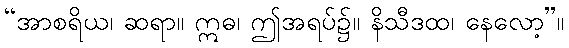
“အာစရိယ၊ ဆရာ။ ဣဓ၊ ဤအရပ်၌။ နိသီဒထ၊ နေလော့”။